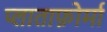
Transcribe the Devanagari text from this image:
प्लाताफ़ोर्मा